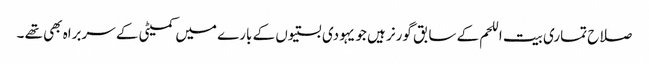
صلاح تماری بیت اللحم کے سابق گورنر ہیں جو یہودی بستیوں کے بارے میں کمیٹی کے سربراہ بھی تھے ۔